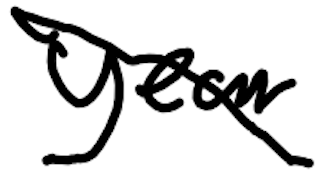
Text: Year
Cross-out: diagonal
Writing tool: digital_black